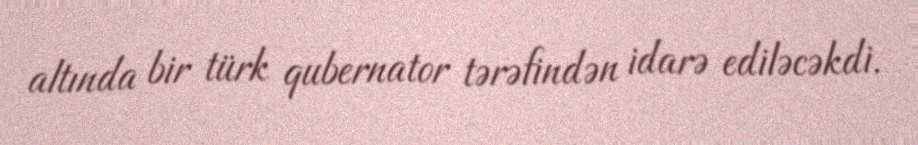
altında bir türk qubernator tərəfindən idarə ediləcəkdi.